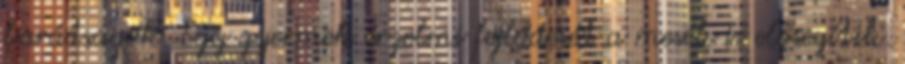
barátságok. Egy gyermek érzelmi fejlődését a mesék is elősegítik.